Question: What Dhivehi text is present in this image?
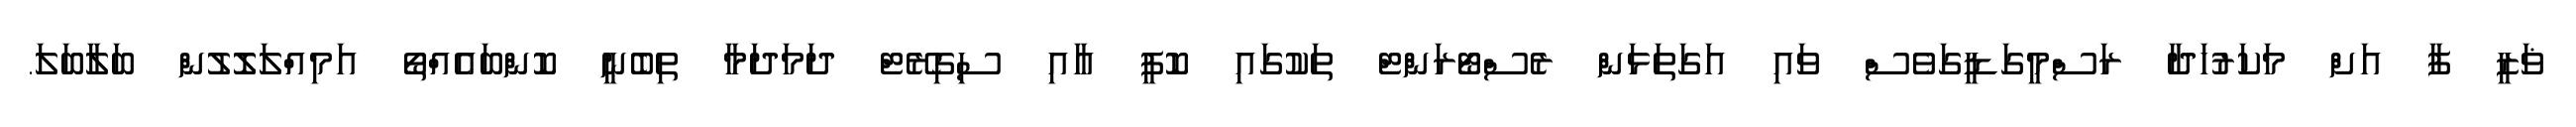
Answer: ޥަޒީ ފާ އަށް މަކަރުހަދާ ރަސްމީގަޑީގަވެސް ވައި އަގަތަޅަން ރެސްޓޯރަންޓް ތަކުގައި ކޮފީ އާއި ސިގިރޭޓް ދަމަދަމާ ތިބެނީ ކޮންބައެއްތޯ އަމިއްލަލޮލުން ބަލާބަލަ.